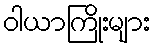
ဝါယာကြိုးများ